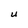
Character: U